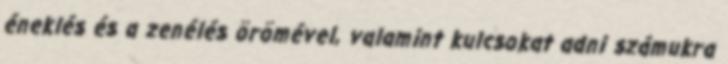
éneklés és a zenélés örömével, valamint kulcsokat adni számukra